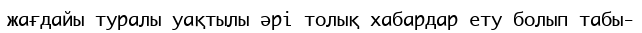
жағдайы туралы уақтылы әрі толық хабардар ету болып табы-